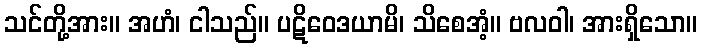
သင်တို့အား။ အဟံ၊ ငါသည်။ ပဋိဝေဒယာမိ၊ သိစေအံ့။ ဗလဝါ၊ အားရှိသော။